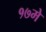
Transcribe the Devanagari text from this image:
१७मे